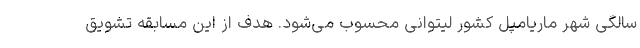
سالگی شهر ماریامپل کشور لیتوانی محسوب می‌شود. هدف از این مسابقه تشویق